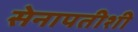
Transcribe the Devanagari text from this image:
सेनापतीशी